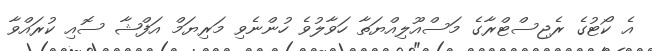
އެ ކޯޓުގެ ރެޖިސްޓްރާގެ މަސްއޫލިއްޔަތާ ހަވާލުވެ ހުންނެވި މަރިޔަމް އަފްޝާ ސޮއި ކުރައްވާ